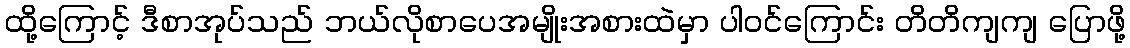
ထို့ကြောင့် ဒီစာအုပ်သည် ဘယ်လိုစာပေအမျိုးအစားထဲမှာ ပါဝင်ကြောင်း တိတိကျကျ ပြောဖို့